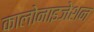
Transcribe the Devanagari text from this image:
कालोनाइजेशन